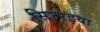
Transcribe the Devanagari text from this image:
सिउरइया